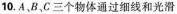
10.A，B、C三个物体通过细线和光滑